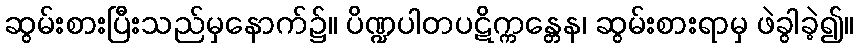
ဆွမ်းစားပြီးသည်မှနောက်၌။ ပိဏ္ဍပါတပဋိက္ကန္တေန၊ ဆွမ်းစားရာမှ ဖဲခွါခဲ့၍။